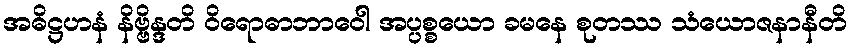
အဓိဋ္ဌဟနံ နိဗ္ဗိန္ဒတိ ဝိရောဓာဘာဝေါ အပ္ပစ္စယော ခမနေ စုတဿ သံယောဇနာနီတိ